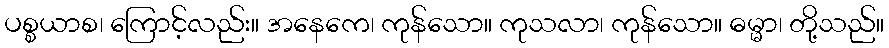
ပစ္စယာစ၊ ကြောင့်လည်း။ အနေကေ၊ ကုန်သော။ ကုသလာ၊ ကုန်သော။ ဓမ္မာ၊ တို့သည်။